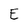
Character: E